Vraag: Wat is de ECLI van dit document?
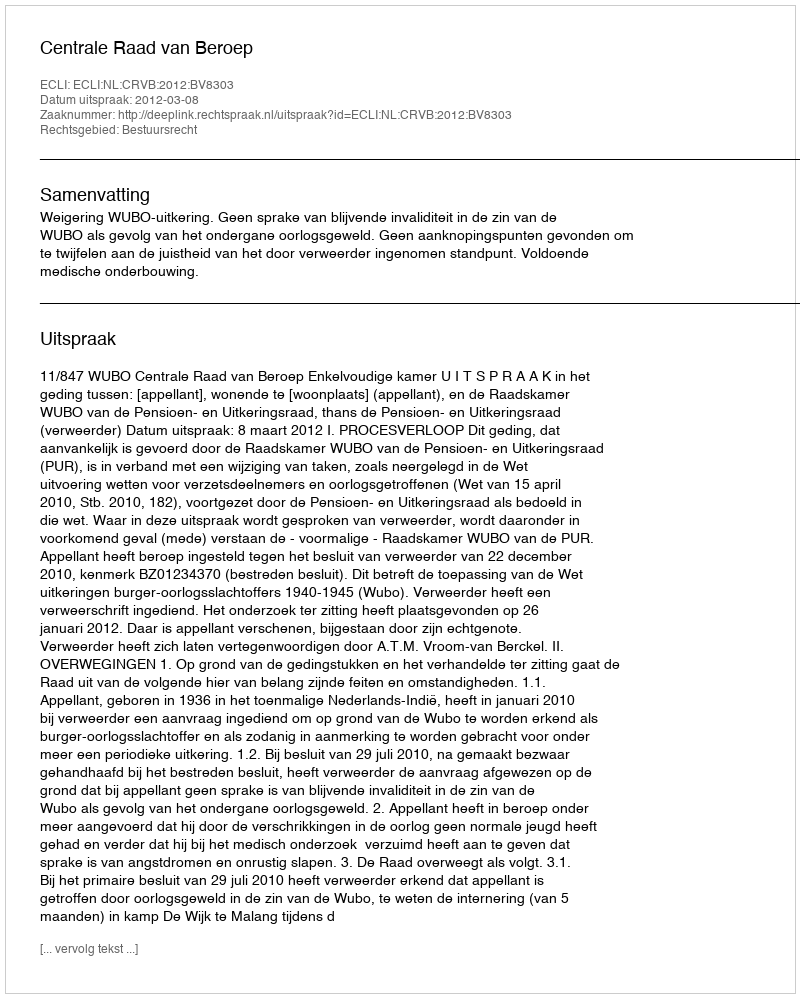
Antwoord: ECLI:NL:CRVB:2012:BV8303